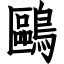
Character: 鷗